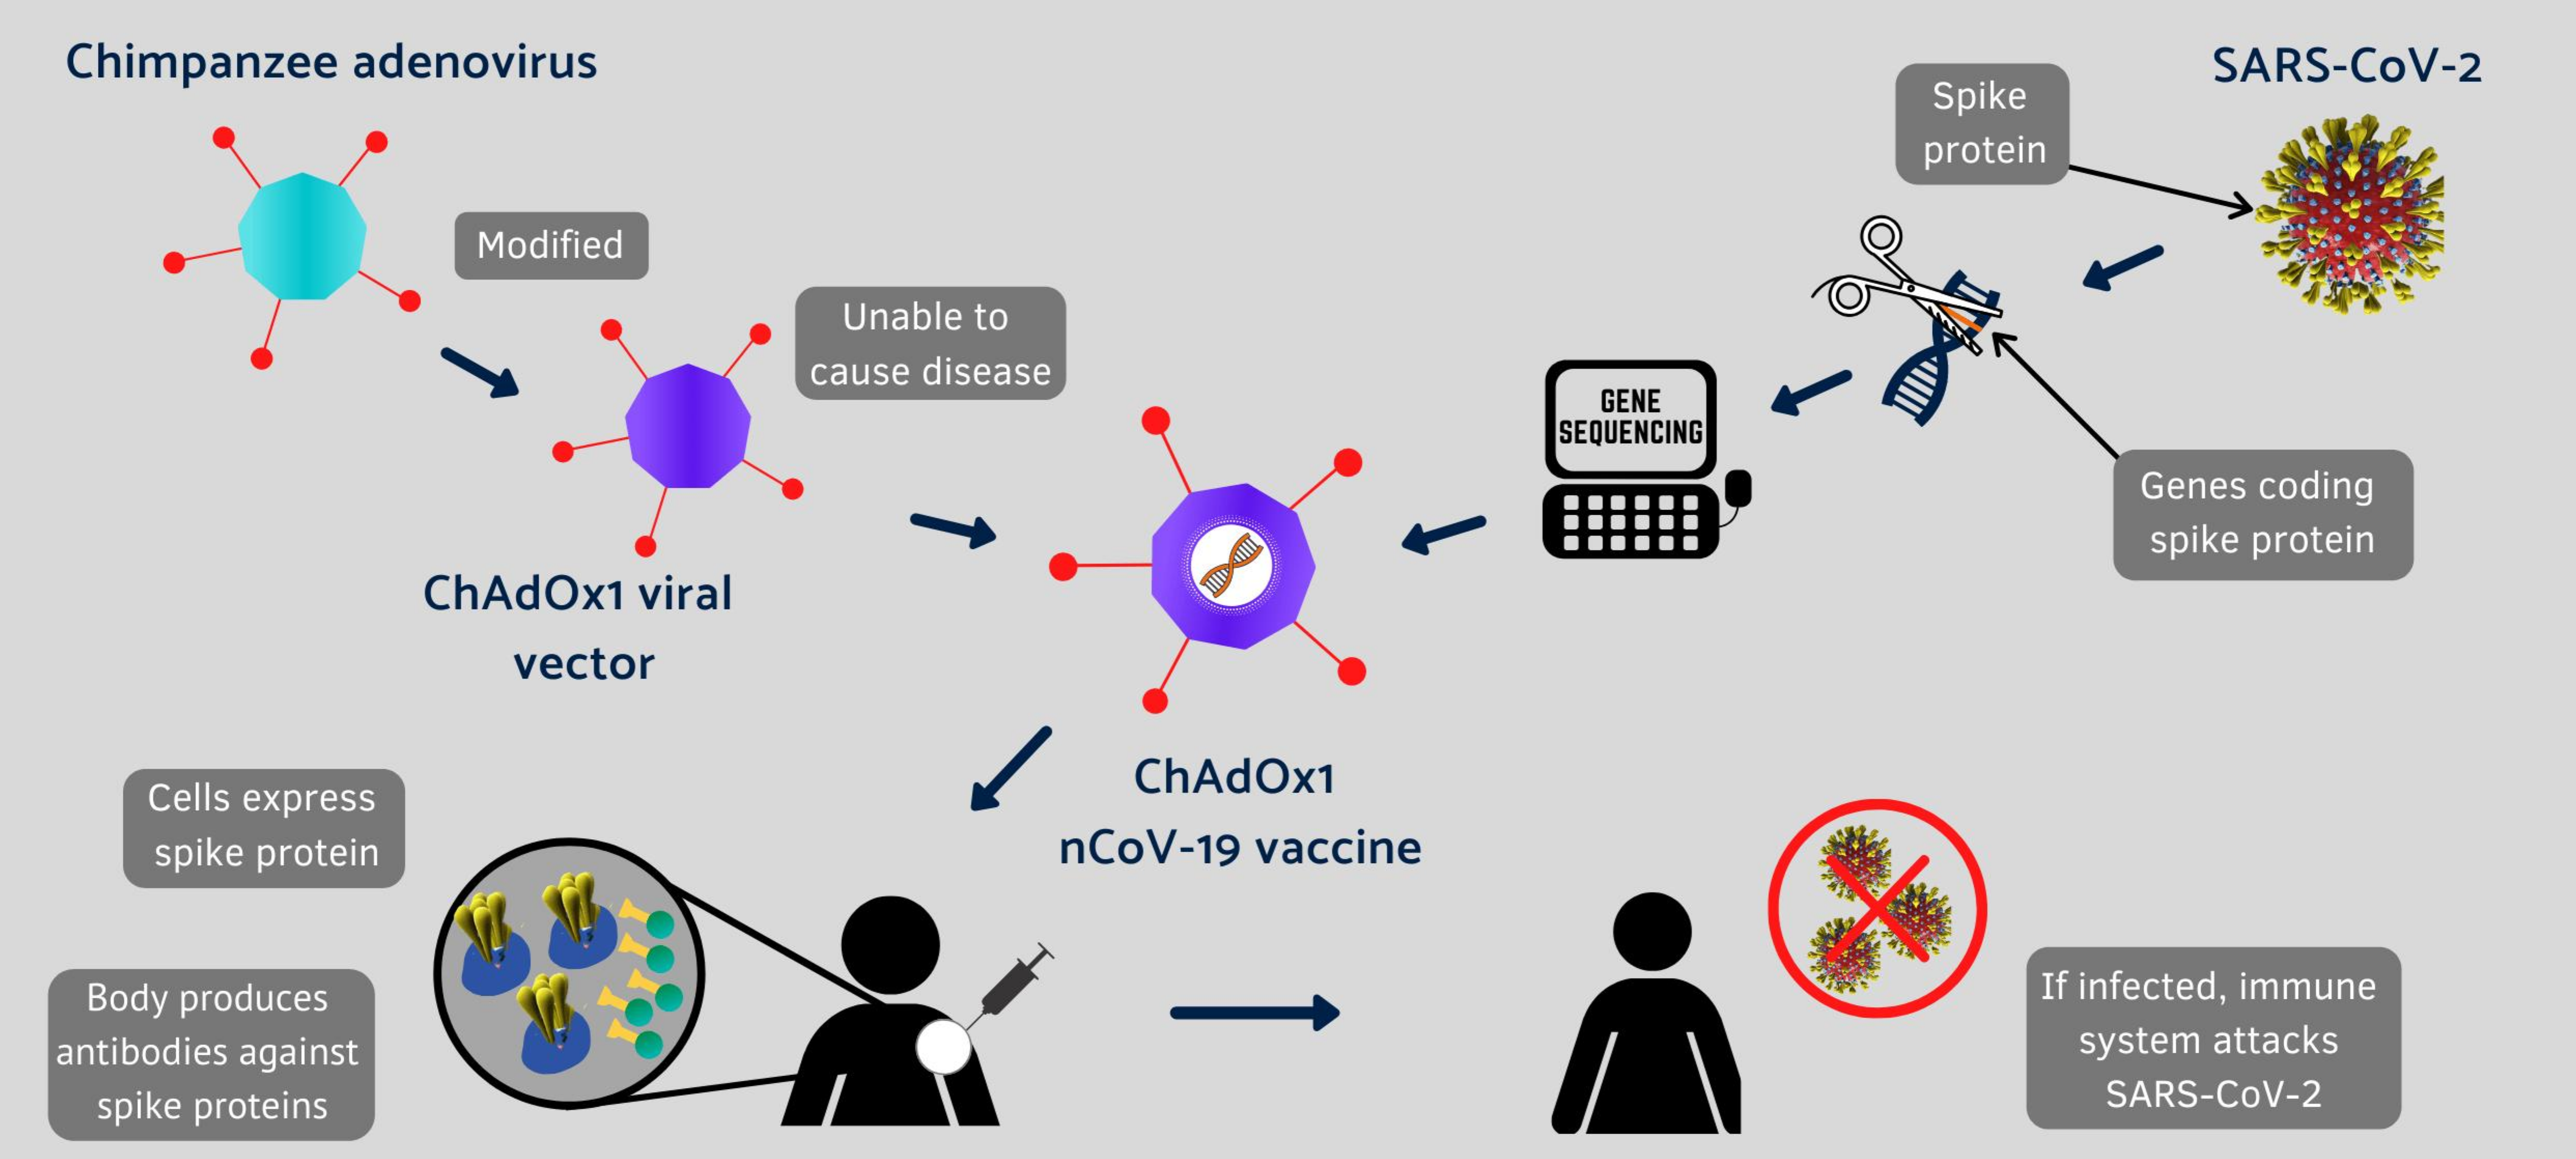
Chimpanzee adenovirus
     Spike
     SARS-COV-2
     protein
     Modified
     Unable to
     cause disease
     GENE
     SEQUENCING
     Genes coding
     spike protein
     ChAdOx1 viral
     vector
  Cells express
     ChAdOx1
  spike protein nCoV-19 vaccine
  Body produces    If infected, immune
  antibodies against    system attacks
  spike proteins    SARS-COV-2